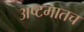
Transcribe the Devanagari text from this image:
अष्टमातच